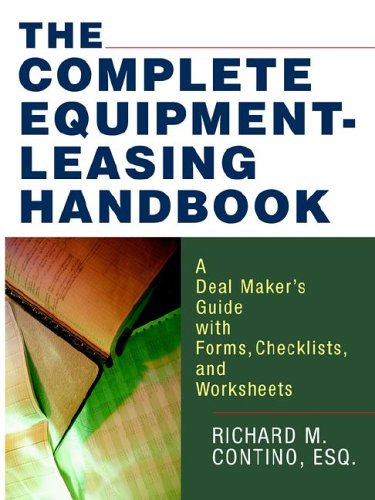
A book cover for The Complete Equipment-Leasing Handbook: A Deal Maker's Guide with Forms, Checklists, and Worksheets; Richard M. Contino; Business & Money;